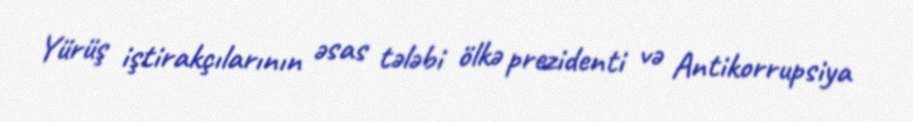
Yürüş iştirakçılarının əsas tələbi ölkə prezidenti və Antikorrupsiya